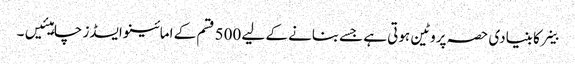
خلیے کا بنیادی حصہ پروٹین ہوتی ہے جسےبنانے کے لیے 500 قسم کے امائینو ایسڈز چاہیئیں۔